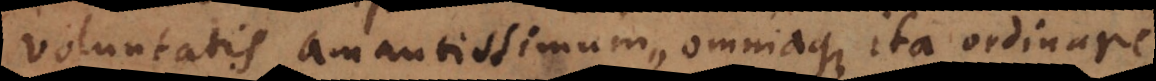
voluntatis amantissimum, omniaque ita ordinare